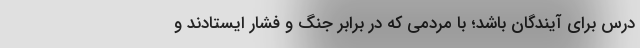
درس برای آیندگان باشد؛ با مردمی که در برابر جنگ و فشار ایستادند و